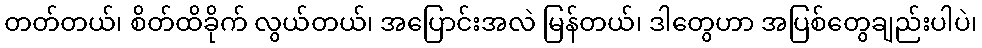
တတ်တယ်၊ စိတ်ထိခိုက် လွယ်တယ်၊ အပြောင်းအလဲ မြန်တယ်၊ ဒါတွေဟာ အပြစ်တွေချည်းပါပဲ၊